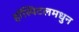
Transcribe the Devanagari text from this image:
हॉस्पिटलमधुन